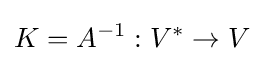
K=A^{-1}:V^{*}\rightarrow V